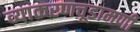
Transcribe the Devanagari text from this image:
व्याकरणचूडामणी